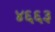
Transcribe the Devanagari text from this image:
४६६३